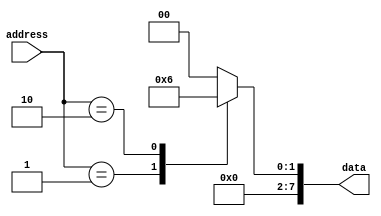
module mask_programmed_rom (
    input [7:0] address,
    output reg [7:0] data
);

always @* begin
    case (address)
        8'h00: data = 8'b00000000;
        8'h01: data = 8'b00000001;
        8'h02: data = 8'b00000010;
        // Add more memory blocks here
        default: data = 8'b00000000; // Default value if address is not specified
    endcase
end

endmodule